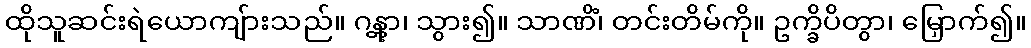
ထိုသူဆင်းရဲယောကျ်ားသည်။ ဂန္တွာ၊ သွား၍။ သာဏိံ၊ တင်းတိမ်ကို။ ဥက္ခိပိတွာ၊ မြှောက်၍။